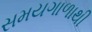
સમયગાળાથી